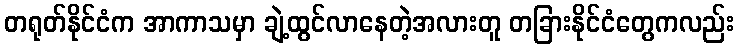
တရုတ်နိုင်ငံက အာကာသမှာ ချဲ့ထွင်လာနေတဲ့အလားတူ တခြားနိုင်ငံတွေကလည်း